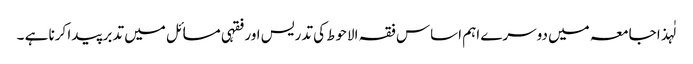
لٰہذا جامعہ میں دوسرے اہم اساس فقہ الاحوط کی تدریس اور فقہی مسائل میں تدبر پیدا کرنا ہے ۔